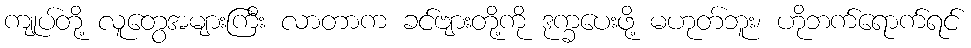
ကျုပ်တို့ လူတွေအများကြီး လာတာက ခင်ဗျားတို့ကို ဒုက္ခပေးဖို့ မဟုတ်ဘူး၊ ဟိုဘက်ရောက်ရင်